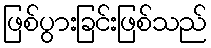
ဖြစ်ပွားခြင်းဖြစ်သည်